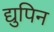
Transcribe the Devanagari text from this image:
द्युपिन